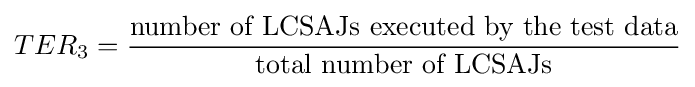
TER_{\text{3}}={\frac {\text{number of LCSAJs executed by the test data}}{\text{total number of LCSAJs}}}